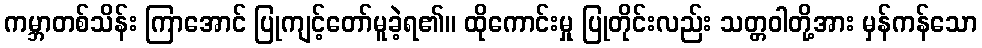
ကမ္ဘာတစ်သိန်း ကြာအောင် ပြုကျင့်တော်မူခဲ့ရ၏။ ထိုကောင်းမှု ပြုတိုင်းလည်း သတ္တဝါတို့အား မှန်ကန်သော